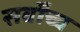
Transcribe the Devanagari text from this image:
सर्वोंच्च